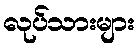
လုပ်သားများ